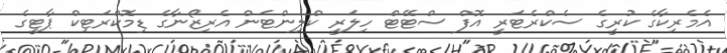
އެމެރިކާގެ ކުރީގެ ސެކްރެޓަރީ އޮފް ސްޓޭޓް ހިލަރީ ކްލިންޓަން އެރިޒޯނާގެ ޑިމޮކްރަޓިކް ޕާޓީގެ